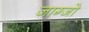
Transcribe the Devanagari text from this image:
जाग्जो